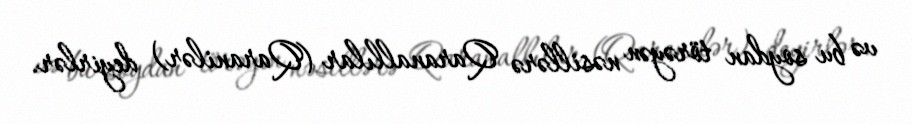
və bu soydan törəyən nəsillərə Qaranallılar (Qaranilər) deyirlər.